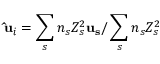
{ \bf { \hat { u } } } _ { i } = \sum _ { s } n _ { s } Z _ { s } ^ { 2 } { \bf { u _ { s } } } / \sum _ { s } n _ { s } Z _ { s } ^ { 2 }